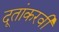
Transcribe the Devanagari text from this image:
दूतांकरवी